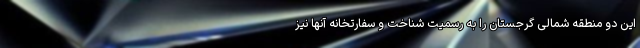
این دو منطقه شمالی گرجستان را به رسمیت شناخت و سفارتخانه آنها نیز